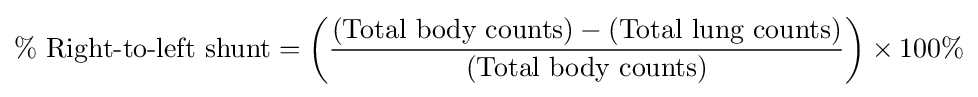
\%\ {\text{Right-to-left shunt}}=\left({\frac {({\text{Total body counts}})-({\text{Total lung counts}})}{({\text{Total body counts}})}}\right)\times 100\%